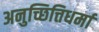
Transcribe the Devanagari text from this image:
अनुच्छित्तिधर्मा